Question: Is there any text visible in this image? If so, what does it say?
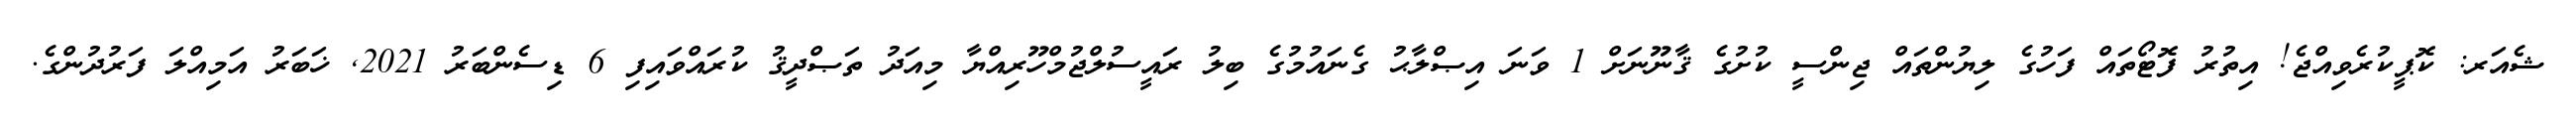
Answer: ޝެއަރ: ކޮޕީކުރެވިއްޖެ! އިތުރު ފޮޓޯތައް ފަހުގެ ލިޔުންތައް ޖިންސީ ކުށުގެ ޤާނޫނަށް 1 ވަނަ އިޞްލާޙު ގެނައުމުގެ ބިލު ރައީސުލްޖުމްހޫރިއްޔާ މިއަދު ތަޞްދީޤު ކުރައްވައިފި 6 ޑިސެންބަރު 2021, ޚަބަރު އަމިއްލަ ފަރުދުންގެ.